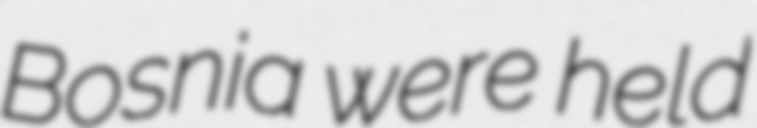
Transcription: Bosnia were held